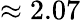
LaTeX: \approx 2.07